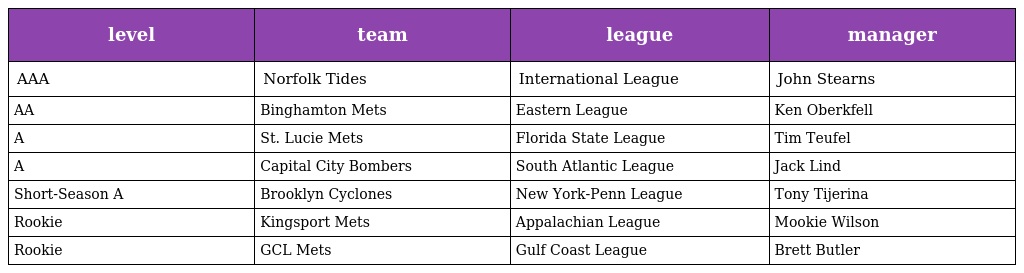
| level | team | league | manager |
 | --- | --- | --- | --- |
 | AAA | Norfolk Tides | International League | John Stearns |
 | AA | Binghamton Mets | Eastern League | Ken Oberkfell |
 | A | St. Lucie Mets | Florida State League | Tim Teufel |
 | A | Capital City Bombers | South Atlantic League | Jack Lind |
 | Short-Season A | Brooklyn Cyclones | New York-Penn League | Tony Tijerina |
 | Rookie | Kingsport Mets | Appalachian League | Mookie Wilson |
 | Rookie | GCL Mets | Gulf Coast League | Brett Butler |